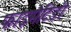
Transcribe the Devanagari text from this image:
फाइमैटिडी